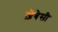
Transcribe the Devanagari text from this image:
ज़ेबेसी